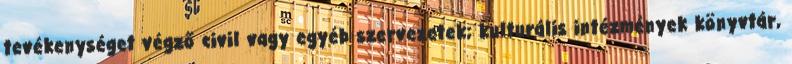
tevékenységet végző civil vagy egyéb szervezetek; kulturális intézmények könyvtár,